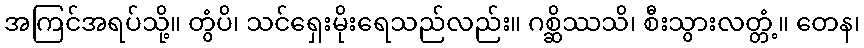
အကြင်အရပ်သို့။ တွံပိ၊ သင်ရှေးမိုးရေသည်လည်း။ ဂစ္ဆိဿသိ၊ စီးသွားလတ္တံ့။ တေန၊